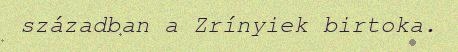
században a Zrínyiek birtoka.